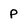
Character: p